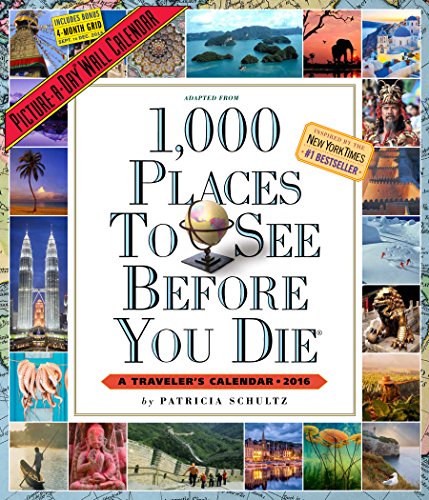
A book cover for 1,000 Places to See Before You Die Picture-A-Day Wall Calendar 2016; Patricia Schultz; Travel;